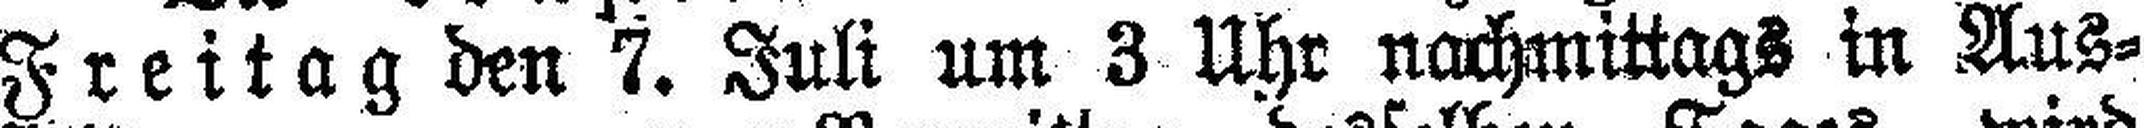
Freitag den 7. Juli um 3 Uhr nachmittags in Aus¬